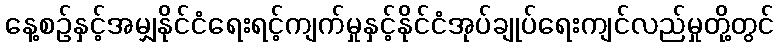
နေ့စဉ်နှင့်အမျှနိုင်ငံရေးရင့်ကျက်မှုနှင့်နိုင်ငံအုပ်ချုပ်ရေးကျင်လည်မှုတို့တွင်